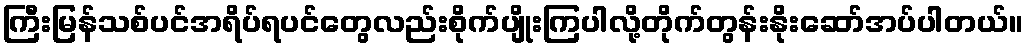
ကြီးမြန်သစ်ပင်အရိပ်ရပင်တွေလည်းစိုက်ပျိုးကြပါလို့တိုက်တွန်းနိုးဆော်အပ်ပါတယ်။